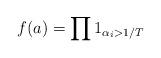
LaTeX: \begin{align*} f(a) = \prod 1_{\alpha_i > 1/T} \end{align*}